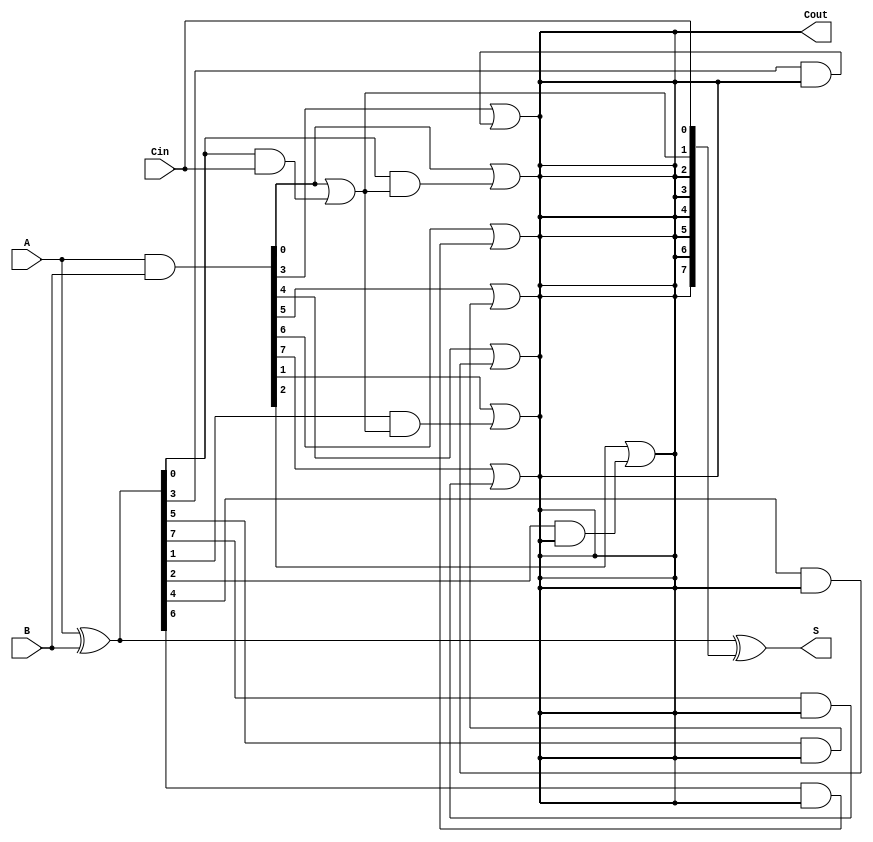
module brent_kung_adder #(parameter N = 8) (
    input  [N-1:0] A,      // First n-bit input
    input  [N-1:0] B,      // Second n-bit input
    input         Cin,      // Carry-in
    output [N-1:0] S,      // n-bit sum output
    output        Cout      // Carry-out
);

    // Generate and propagate signals
    wire [N-1:0] G; // Generate
    wire [N-1:0] P; // Propagate
    wire [N:0] C;   // Carry bits

    // Generate and propagate logic
    assign G = A & B;          // G[i] = A[i] & B[i]
    assign P = A ^ B;          // P[i] = A[i] ^ B[i]
    
    // Carry bits initialization
    assign C[0] = Cin;         // C[0] = Cin

    // Carry generation using Brent-Kung structure
    genvar i, j, k;
    generate
        // Level 1
        for (i = 0; i < N; i = i + 1) begin
            if (i == 0) begin
                assign C[1] = G[0] | (P[0] & C[0]);
            end else begin
                assign C[i + 1] = G[i] | (P[i] & C[i]);
            end
        end

        // Higher levels of carry generation
        for (k = 1; k < N; k = k * 2) begin
            for (j = 0; j < N; j = j + (2 * k)) begin
                if (j + k < N) begin
                    assign C[j + k + 1] = G[j] | (P[j] & C[j + 1]);
                end
            end
        end
    endgenerate

    // Sum calculation
    assign S = P ^ C[N-1:0]; // S[i] = P[i] ^ C[i]

    // Final carry-out
    assign Cout = C[N];

endmodule